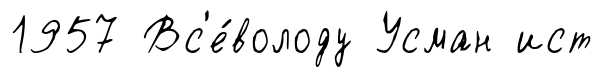
1957 Вс'е́володу Усман ист